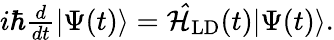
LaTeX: \begin{array}{r}{i\hbar\frac{d}{dt}|\Psi(t)\rangle=\mathcal{\hat{H}}_{\textrm{LD}}(t)|\Psi(t)\rangle.}\end{array}